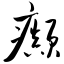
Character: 癫